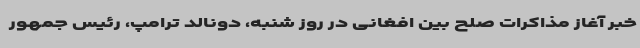
خبر آغاز مذاکرات صلح بین افغانی در روز شنبه، دونالد ترامپ، رئیس جمهور